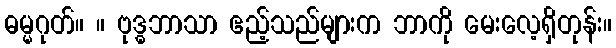
ဓမ္မဂုတ်။ ။ ဗုဒ္ဓဘာသာ ဧည့်သည်များက ဘာကို မေးလေ့ရှိတုန်း။